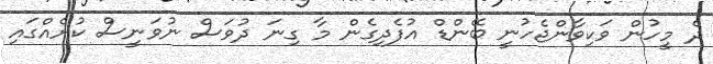
ދެ މީހުން ވަކިވާންޖެހުނީ ބޭންޑް އުފެދިގެން މާ ގިނަ ދުވަސް ނުވަނީސް ކުށެއްގައި